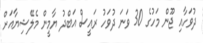
ދުވަހާއި ޖޫން މަހުގެ 30 ވަނަ ދުވަހު ރައީސް އަބްދު ޔާމީން މެލޭޝިޔާއަށް